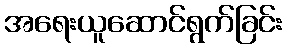
အရေးယူဆောင်ရွက်ခြင်း